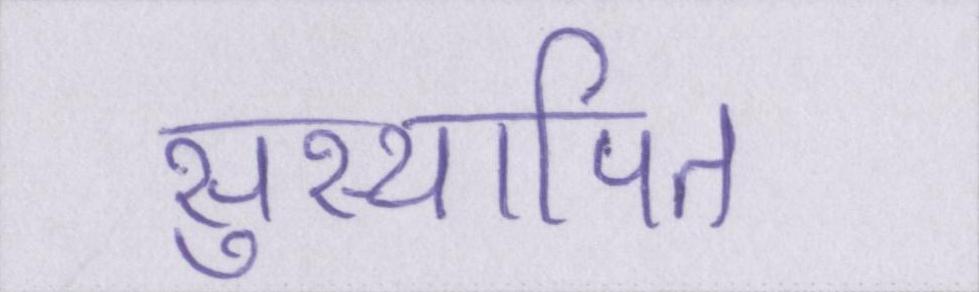
सुस्थापित